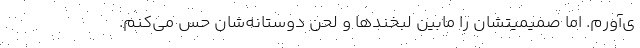
ی‌آورم. اما صمیمیتشان را مابین لبخند‌ها و لحن دوستانه‌شان حس می‌کنم.